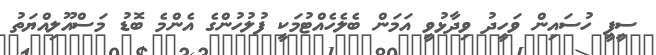
ސީޕީ ހުސައިން ވަހީދު ވިދާޅުވީ އަމަން ބެލެހެއްޓުމަކީ ފުލުހުންގެ އެންމެ ބޮޑު މަސްއޫލިއްޔަތު